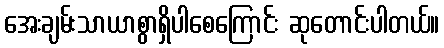
အေးချမ်းသာယာစွာရှိပါစေကြောင်း ဆုတောင်းပါတယ်။